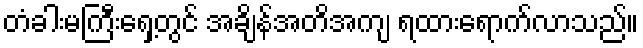
တံခါးမကြီးရှေ့တွင် အချိန်အတိအကျ ရထားရောက်လာသည်။